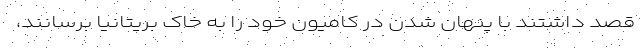
قصد داشتند با پنهان شدن در کامیون خود را به خاک بریتانیا برسانند،